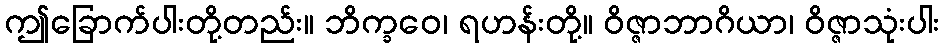
ဤခြောက်ပါးတို့တည်း။ ဘိက္ခဝေ၊ ရဟန်းတို့။ ဝိဇ္ဇာဘာဂိယာ၊ ဝိဇ္ဇာသုံးပါး